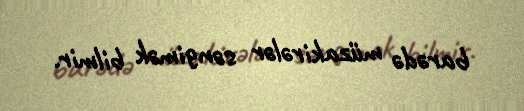
barədə müzakirələr səngimək bilmir.